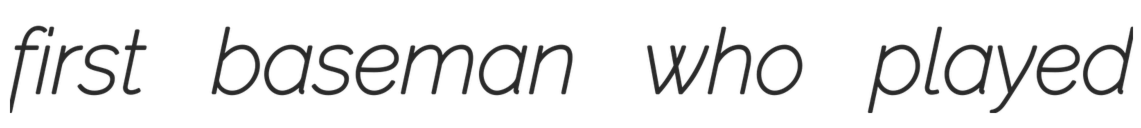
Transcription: first baseman who played